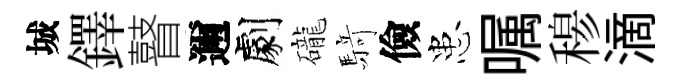
城鐸瞽邇劇礲𮪍儉患嘱𥠇滴